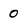
Character: 0